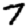
Digit: 7